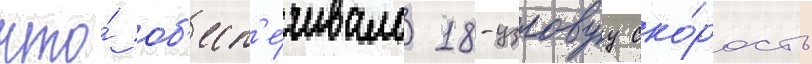
что́ об'есп'е́чивало 18-узловуу ско́рость